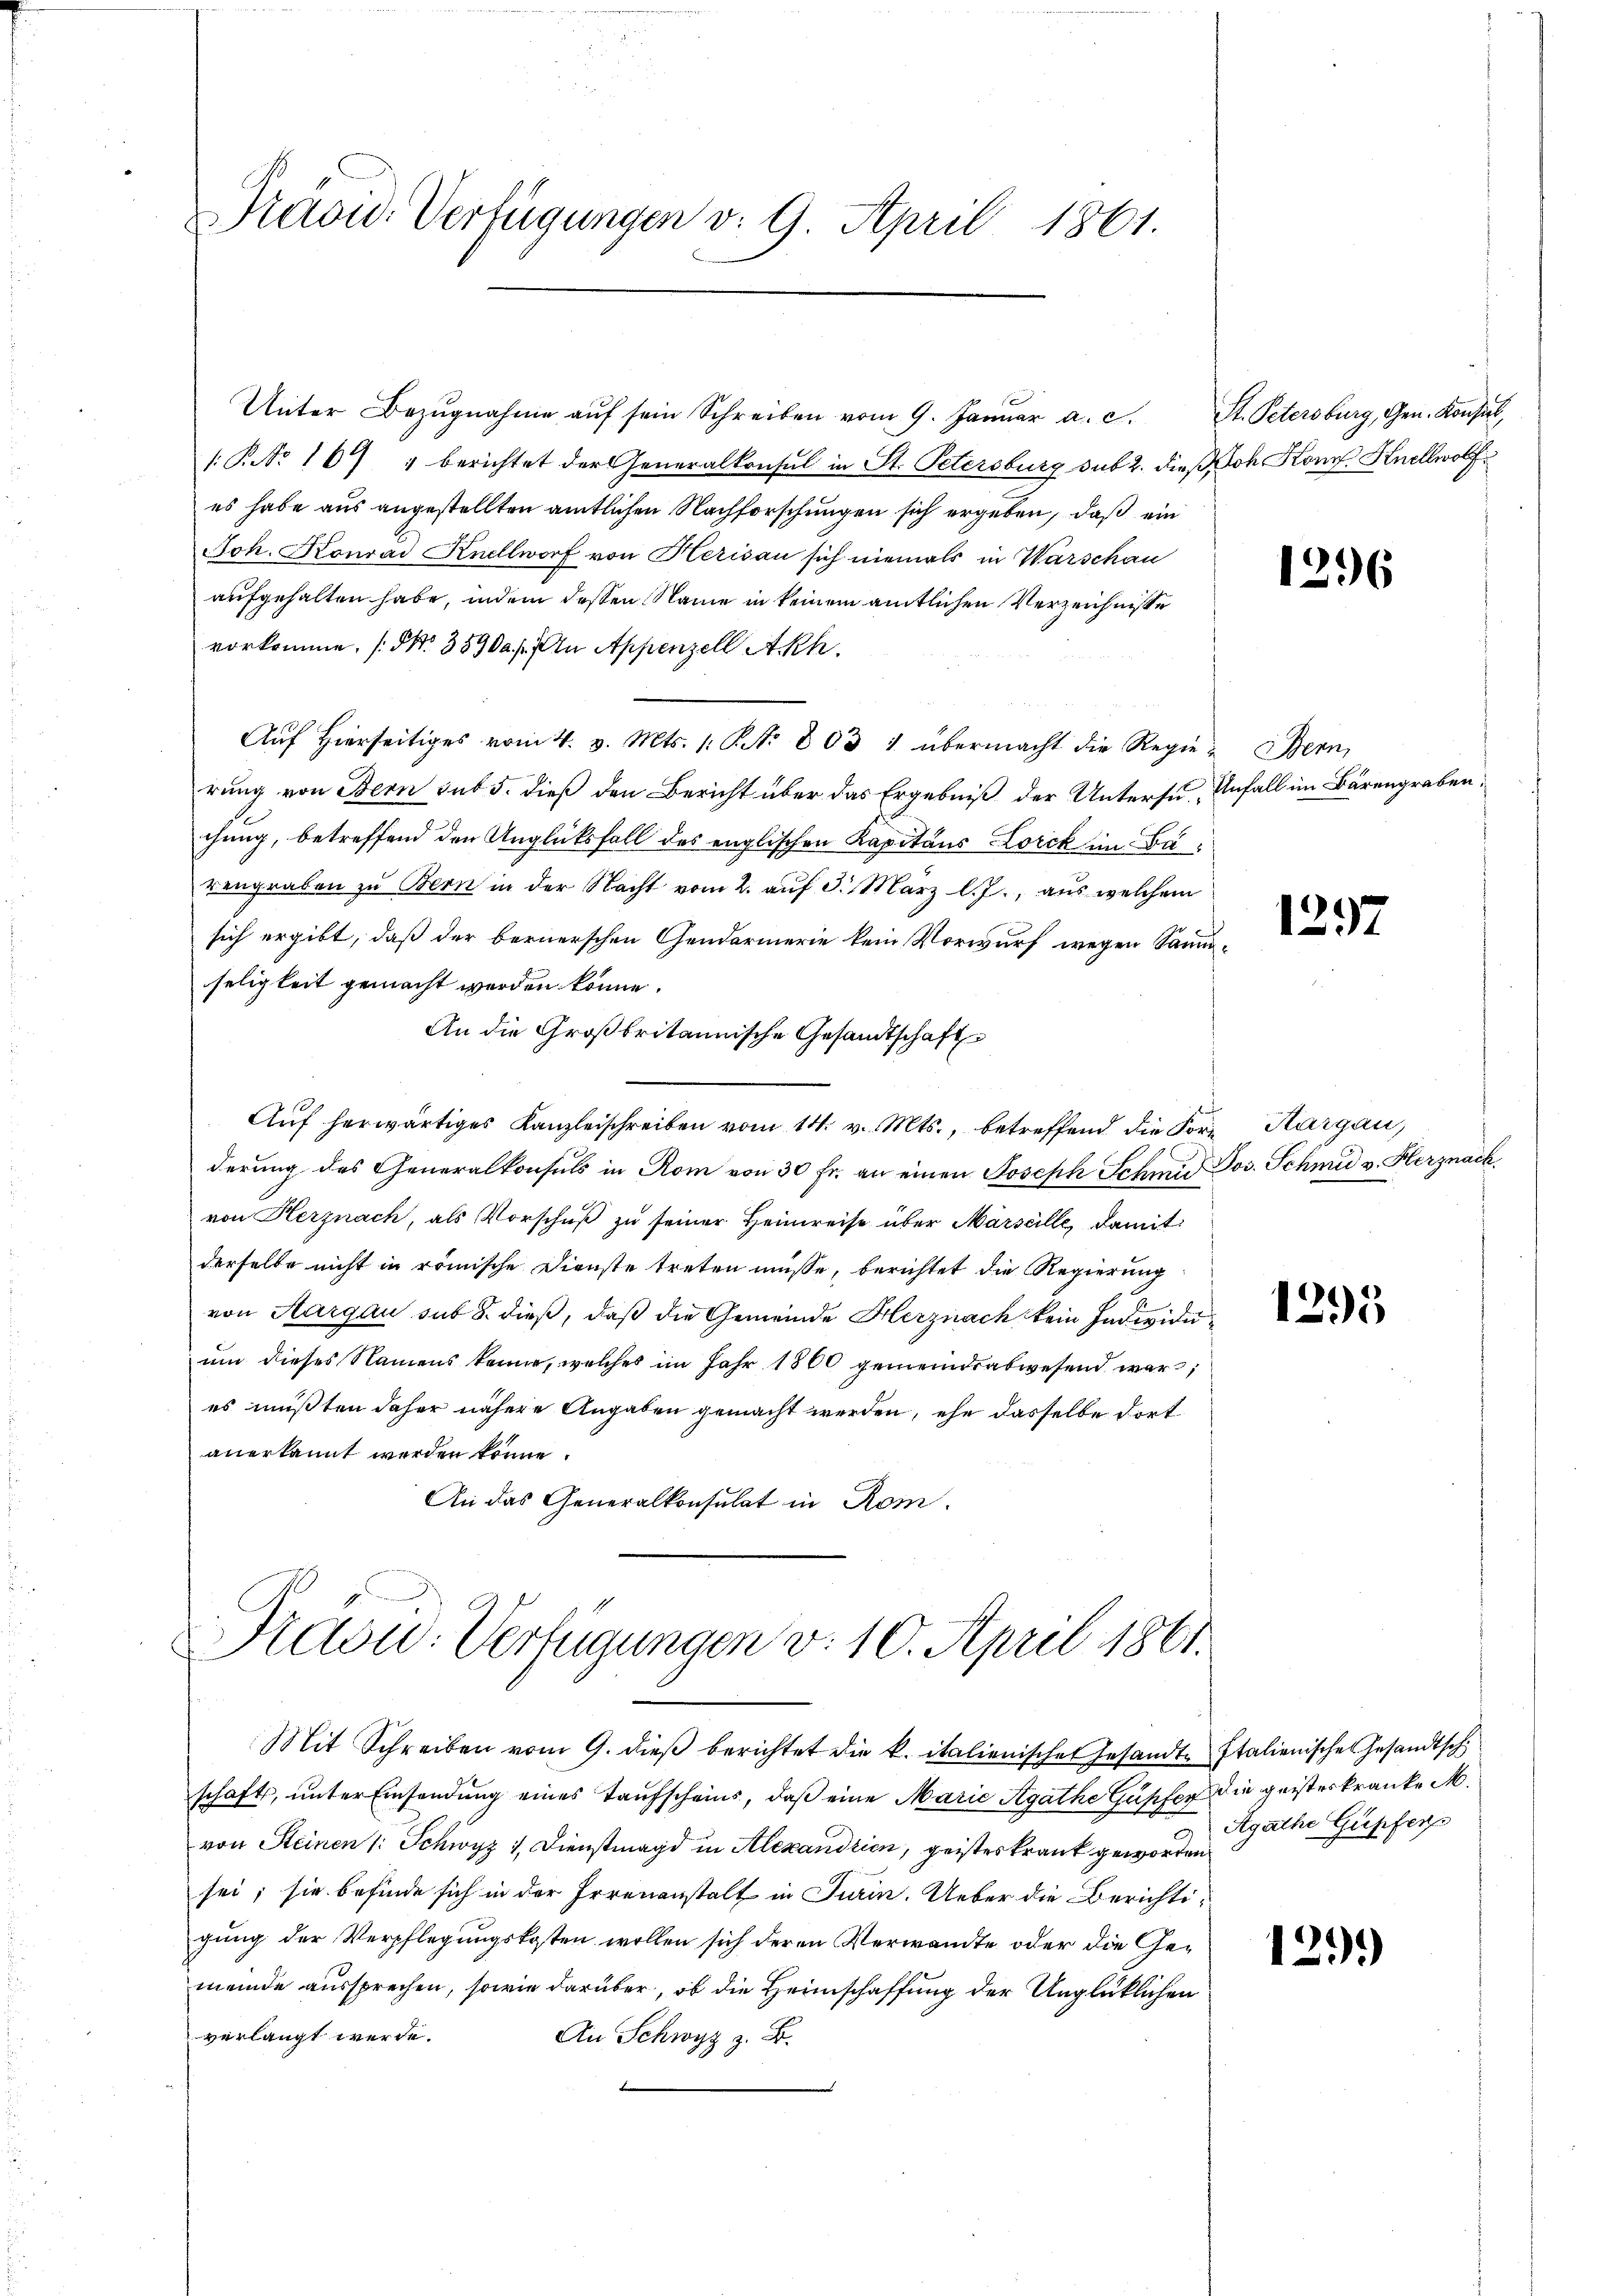
Prion: Verfügungen v. 9. April 1861.

Unter Bezŭgnahme aŭf sein Schreiben vom 9. Januar a. c. St. Petersburg, Gen. Konsil,
[P No 164 " berichtet der Generalkonsul in St. Petersburg sub 2. dieß Joh. Konr. Hellwolf
es habe aus angestellten amtlichen Nachforschungen sich ergeben, daß ein
Joh. Konrad Knellworf von Herisau sich niemals in Warschau
aufgehalten habe, indem dessen Name in keinem amtlichen Verzeichnisse
vorkomme. (S. 3590 f. An Appenzell Akh.
Aŭf Hierseitiges vom 4. v. Mts. 1. S. 803 1 übermacht die Regie-Bern,
rung von Bern sub 5. dieß den Bericht über das Ergebniß der Untersu- Unfall im Bärengraben,
chung, betreffend den Unglücksfall des englischen Kapitäns Lorck im Barengraben zu Bern in der Nacht vom 2. auf 3. März l. J., aus welchem
sich ergibt, daß der bernerschen Gendarmerie kein Vorwurf wegen Sammseligkeit gemacht werden könne.
An die Großbritannische Gesandtschaft
Auf herwärtiges Kanzleischreiben vom 14. v. Mts., betreffend die Forderung des Generalkonsuls in Rom von 30 fr. an einen Joseph Schmie Jos. Schmid v. Herznach,
von Herznach, als Vorschŭβ zŭ seiner Heimreise über Marseille, damit
derselbe nicht in römische Dienste treten müsse, berichtet die Regierung
von Aargau sub 8. dieß, daß die Gemeinde Herznach kein Individuum dieses Namens kenne, welches im Jahr 1860 gemeindsabwesend war,
es müßten daher nähere Angaben gemacht werden, ehe dasselbe dort
anerkannt werden könne.
An das Generalkonsulat in Rom.

Nrdsw. Verfügungen v. 10. April 1861.

Mit Schreiben vom 9. dieß berichtet die k. italienischen Gesandte Italienisches Gesandtsch
schaft, ŭnter Einsendŭng eines Taufscheins, daβ eine Marie Agathe Güpfer die geisteskranke M.
von Steinen (: Schwyz 1. Dienstmagd in Alexandrien, geisteskrank geworden
sei; sie befinde sich in der Irrenanstalt in Turin. Ueber die Berichtigung der Verpflegungskosten wollen sich deren Verwandte oder die Gemeinde aussprechen, sowie darüber, ob die Heimschaffung der Unglücklichen
verlangt werde.
An Schwyz z. B.

1296

125.

Kargau,

1295

Agathe Güpferp

1291)